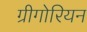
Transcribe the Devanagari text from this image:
ग्रीगोरियन